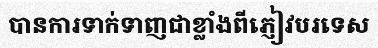
បានការទាក់ទាញជាខ្លាំងពីភ្ញៀវបរទេស